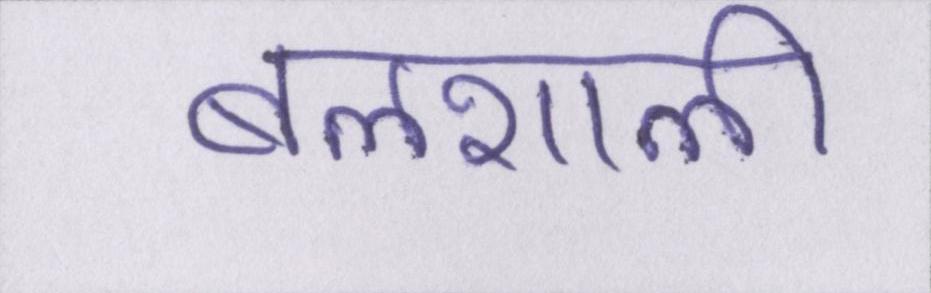
बलशाली